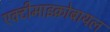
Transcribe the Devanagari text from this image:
एक्टीमाइक्रोबायल